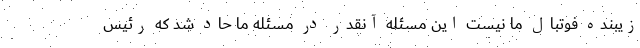
زیبنده فوتبال ما نیست این مسئله آنقدر در مسئله ما حاد شد که رئیس